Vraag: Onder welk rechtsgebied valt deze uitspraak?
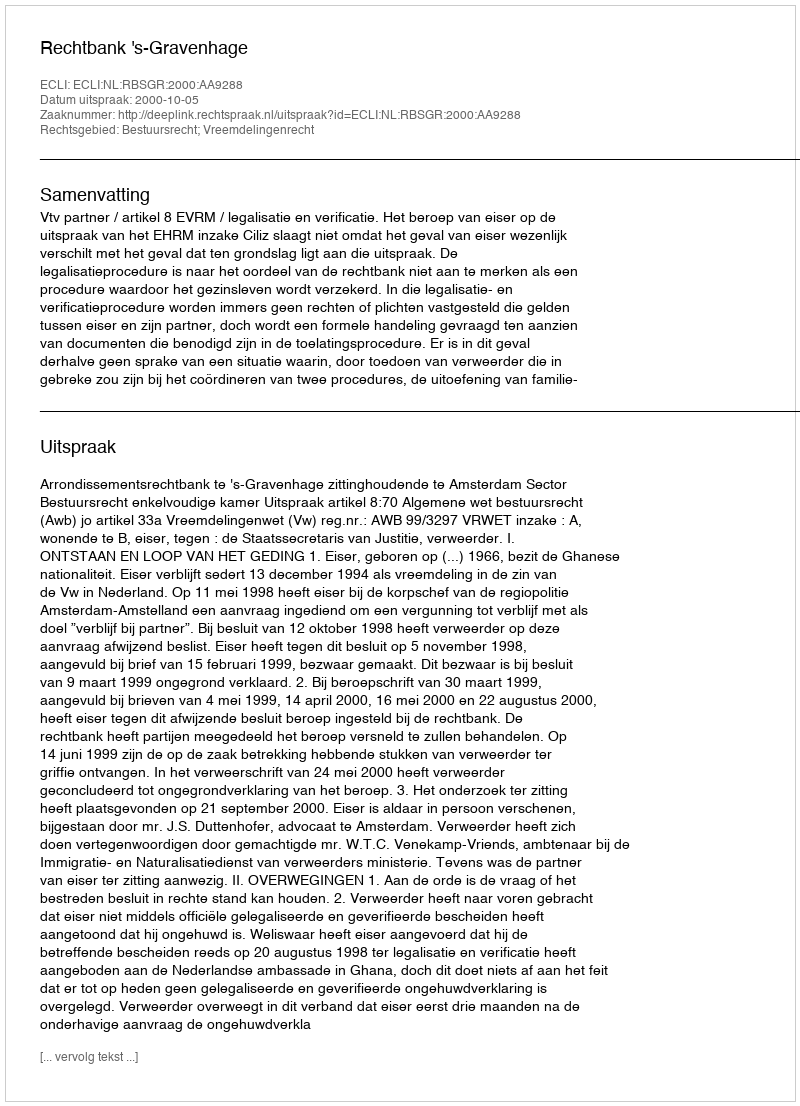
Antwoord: Bestuursrecht; Vreemdelingenrecht